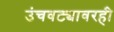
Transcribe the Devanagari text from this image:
उंचवट्यावरही